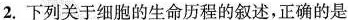
2.下列关于细胞的生命历程的叙述，正确的是